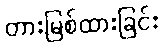
တားမြစ်ထားခြင်း